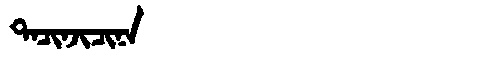
Manchu: ᡨᠠᠴᡳᠨᠵᡳᠴᡳᠨᠠ
Romanization: TACINJICINA